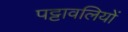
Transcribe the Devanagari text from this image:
पट्टावलियों